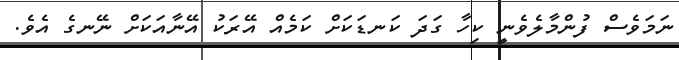
ނަމަވެސް ފުންމާލެވެނީ ކިހާ ގަދަ ކަނޑަކަށް ކަމެއް އޭރަކު އޭނާއަކަށް ނޭނގެ އެވެ.